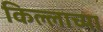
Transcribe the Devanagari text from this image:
किल्लाच्या